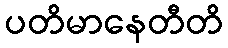
ပတိမာနေတီတိ